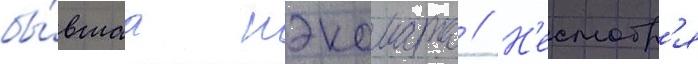
бы́вшаа нэкомата // Н'есмотр'я